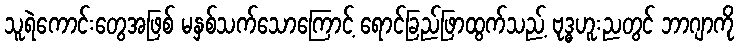
သူရဲကောင်းတွေအဖြစ် မနှစ်သက်သောကြောင့် ရောင်ခြည်ဖြာထွက်သည့် ဗုဒ္ဓဟူးညတွင် ဘာဂျာကို